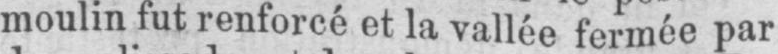
moulin fut renforcé et la vallée fermée par